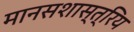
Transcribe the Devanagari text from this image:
मानसशास्त्रिय